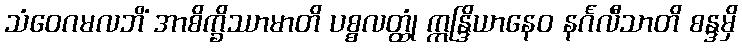
သံဝေဂမလဘိံ အာစိက္ခိဿာမာတိ ပစ္စလတ္ထုံ ဣန္ဒြိယာနေဝ နင်္ဂလီသာတိ စန္ဒမှိ